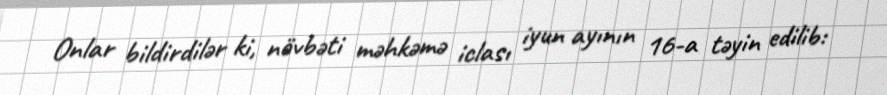
Onlar bildirdilər ki, növbəti məhkəmə iclası iyun ayının 16-a təyin edilib: